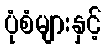
ပုံစံများနှင့်